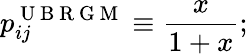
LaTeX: p_{ij}^{\mathrm{~U~B~R~G~M~}}\equiv\frac{x}{1+x};